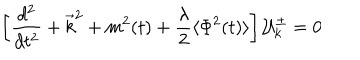
\left[ \frac { d ^ { 2 } } { d t ^ { 2 } } + \vec { k } ^ { 2 } + m ^ { 2 } ( t ) + \frac { \lambda } { 2 } \langle \Phi ^ { 2 } ( t ) \rangle \right] { \cal { U } } _ { k } ^ { \pm } = 0